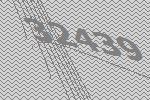
32439